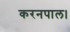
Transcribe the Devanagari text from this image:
करनपाल।